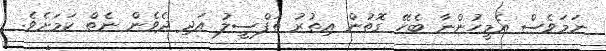
ނަމަވެސް އެމީހުންނާ ބެހޭ ގޮތުން އިތުރު ތަފްސީލު އަދި ދެވެން ނެތް ކަމަށެވެ.